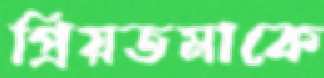
প্রিয়তমাকে